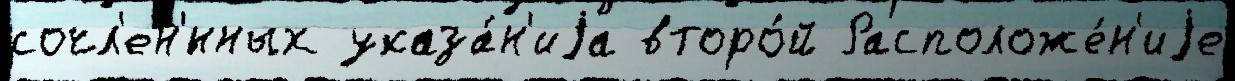
сочл'ен'́нных указа́н'иjа второ́й Расположе́н'иjе